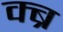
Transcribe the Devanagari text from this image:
क्ब्र